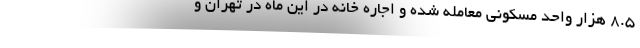
۸.۵ هزار واحد مسکونی معامله شده و اجاره خانه در این ماه در تهران و